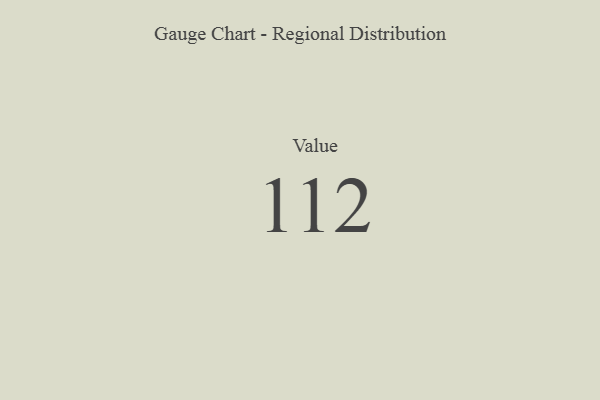
{"axis": {"x": "Metric", "y": "Value"}, "legend": [""], "data": [{"x": "Value", "y": 112, "type": ""}]}